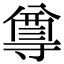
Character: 𭔿